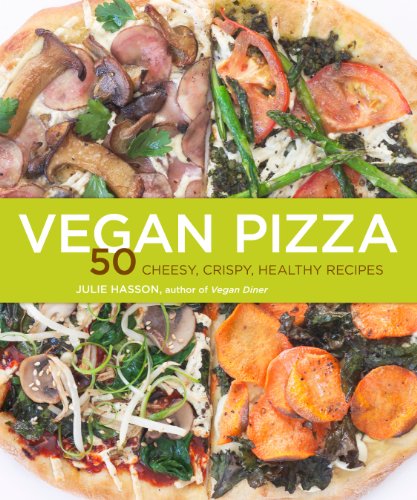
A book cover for Vegan Pizza: 50 Cheesy, Crispy, Healthy Recipes; Julie Hasson; Cookbooks, Food & Wine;